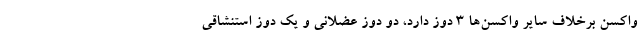
واکسن برخلاف سایر واکسن‌ها ۳ دوز دارد، دو دوز عضلانی و یک دوز استنشاقی